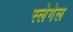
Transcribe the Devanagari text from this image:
स्लेगेल